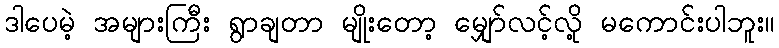
ဒါပေမဲ့ အများကြီး ရွာချတာ မျိုးတော့ မျှော်လင့်လို့ မကောင်းပါဘူး။